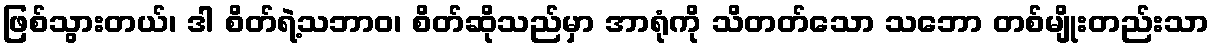
ဖြစ်သွားတယ်၊ ဒါ စိတ်ရဲ့သဘာဝ၊ စိတ်ဆိုသည်မှာ အာရုံကို သိတတ်သော သဘော တစ်မျိုးတည်းသာ